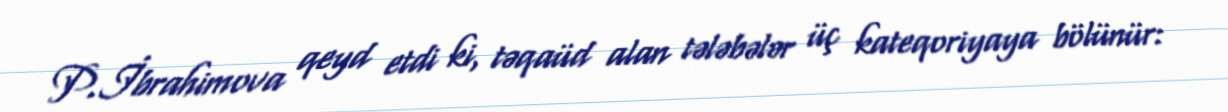
P.İbrahimova qeyd etdi ki, təqaüd alan tələbələr üç kateqoriyaya bölünür: